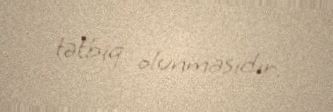
tətbiq olunmasıdır.